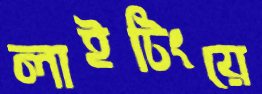
লাইটিংয়ে